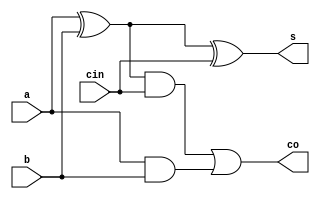
module fulladder (
input a,
input b,
input cin,
output s,
output co
);
wire s1,c1,c2;
xor (s1,a,b);
xor (s,s1,cin);
and(c1,s1,cin);
and(c2,a,b);
or(co,c1,c2);
endmodule